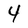
Character: 4